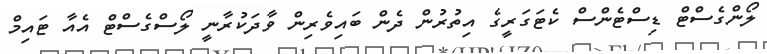
ލޯންގެސްޓް ޑިސްޓެންސް ކެޓަގަރީގެ އިތުރުން ދެން ބައިވެރިން ވާދަކުރާނީ ލޯސްގެސްޓް އެއާ ޓައިމް